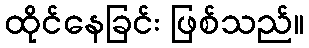
ထိုင်နေခြင်း ဖြစ်သည်။